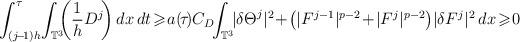
LaTeX: \begin{align*} \int_{(j\!-\!1)h}^{\tau} \! \int_{\mathbb{T}^3} \!\!\biggl(\frac{1}{h}D^j \!\biggr) \, dx \, dt\!\geqslant \! a(\!\tau\!) C_D \!\!\int_{\mathbb{T}^3}\!\!|{\delta\Theta}^j|^2 \!+\!\bigl(|F^{j-1}|^{p-2}\!+\!|F^j|^{p-2} \bigr)|\delta F^j|^2 \,dx \! \geqslant \! 0\end{align*}